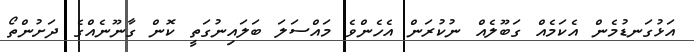
އަޅުގަނޑުމެން އެކަމެއް ގަބޫލެއް ނުކުރަން އެހެންވެ މައްސަލަ ބަލައިނުގަތީ ކޮން ގާނޫނެއްގެ ދަށުންތޯ